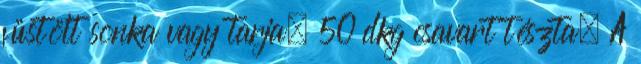
füstölt sonka vagy tarja, 50 dkg csavart tészta, A